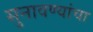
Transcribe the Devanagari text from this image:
सुनावण्यांचा